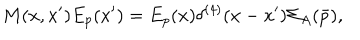
M ( x , x ^ { \prime } ) E _ { p } ( x ^ { \prime } ) = E _ { p } ( x ) \delta ^ { ( 4 ) } ( x - x ^ { \prime } ) { \Sigma } _ { A } ( \bar { p } ) ,